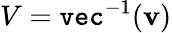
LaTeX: V=\texttt{vec}^{-1}(\mathbf{v})